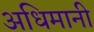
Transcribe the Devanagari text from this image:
अधिमानी